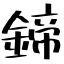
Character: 鍗